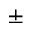
\pm